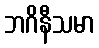
ဘဂိနီသမာ